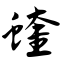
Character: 蝰